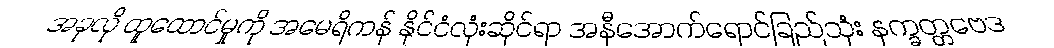
အခုလို ထူထောင်မှုကို အမေရိကန် နိုင်ငံလုံးဆိုင်ရာ အနီအောက်ရောင်ခြည်သုံး နက္ခတ္တဗေဒ